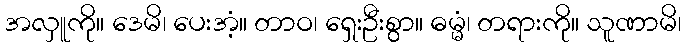
အလှူကို။ ဒေမိ၊ ပေးအံ့။ တာဝ၊ ရှေးဦးစွာ။ ဓမ္မံ၊ တရားကို။ သူဏာမိ၊